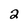
Character: 2